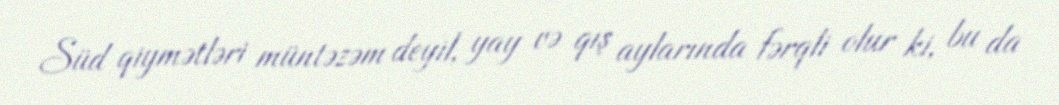
Süd qiymətləri müntəzəm deyil, yay və qış aylarında fərqli olur ki, bu da